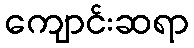
ကျောင်းဆရာ